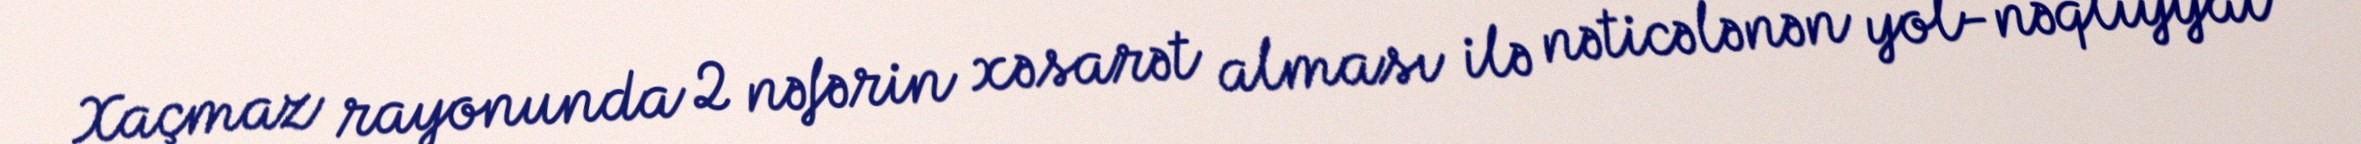
Xaçmaz rayonunda 2 nəfərin xəsarət alması ilə nəticələnən yol-nəqliyyat